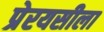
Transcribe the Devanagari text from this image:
प्रेरयसीला